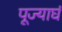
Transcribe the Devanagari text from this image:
पूज्याघं